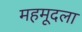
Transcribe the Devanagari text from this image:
महमूदला